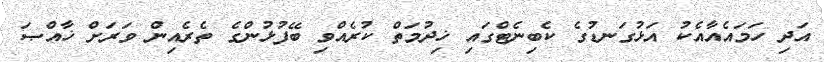
އަދި ހަމައެއާއެކު އަޅުގަނޑުގެ ކެބިނެޓްގައި ޚިދުމަތް ކުރެއްވި ބޭފުޅުންގެ ތެރެއިން ވަރަށް ޚާއްޞަ